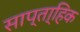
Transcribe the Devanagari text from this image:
साप्ता्हिक